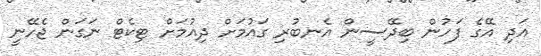
އަދި އޭގެ ފަހުން ބިދޭސީން އެނބުރި ގައުމަށް ދިއުމަށް ޓިކެޓް ނަގަން ޖެހޭނީ